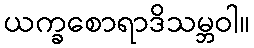
ယက္ခစောရာဒိသမ္ဘဝါ။